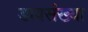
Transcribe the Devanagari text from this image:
डावसंख्या